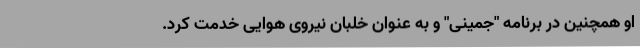
او همچنین در برنامه "جمینی" و به عنوان خلبان نیروی هوایی خدمت کرد.